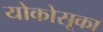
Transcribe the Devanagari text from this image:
योकोसूका